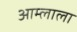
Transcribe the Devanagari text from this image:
आम्लाला